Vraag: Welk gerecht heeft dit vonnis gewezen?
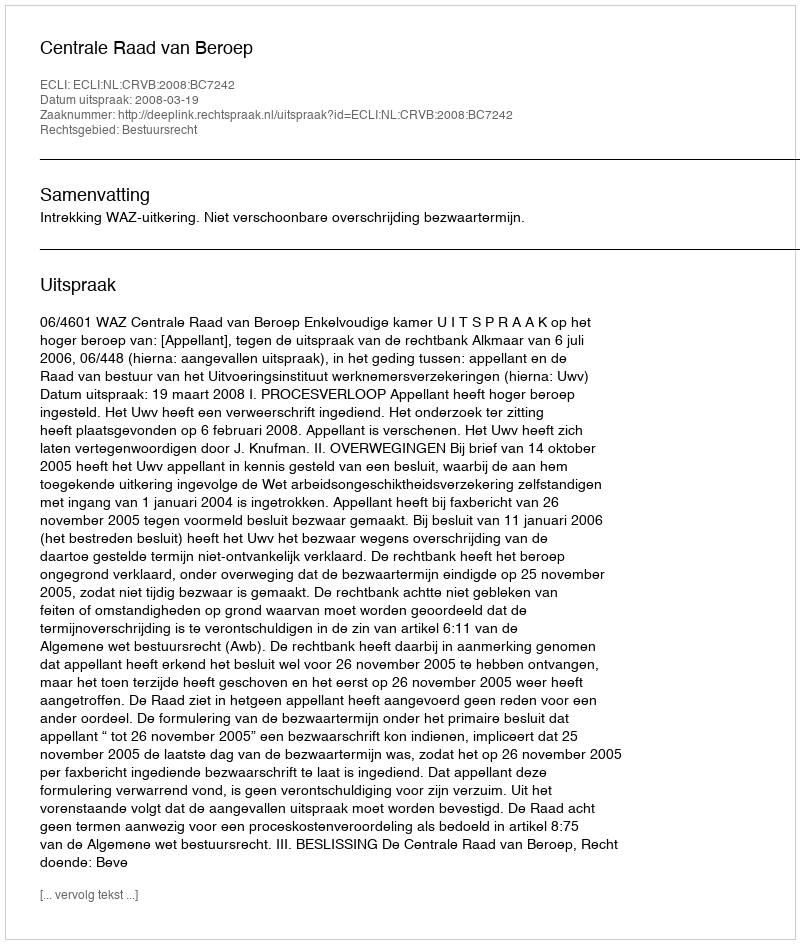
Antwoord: Centrale Raad van Beroep